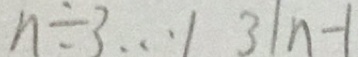
n \div 3 \cdots 1 3 \vert n - 1